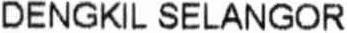
DENGKIL SELANGOR